Scottish Leaving Certificate Examination, 1959
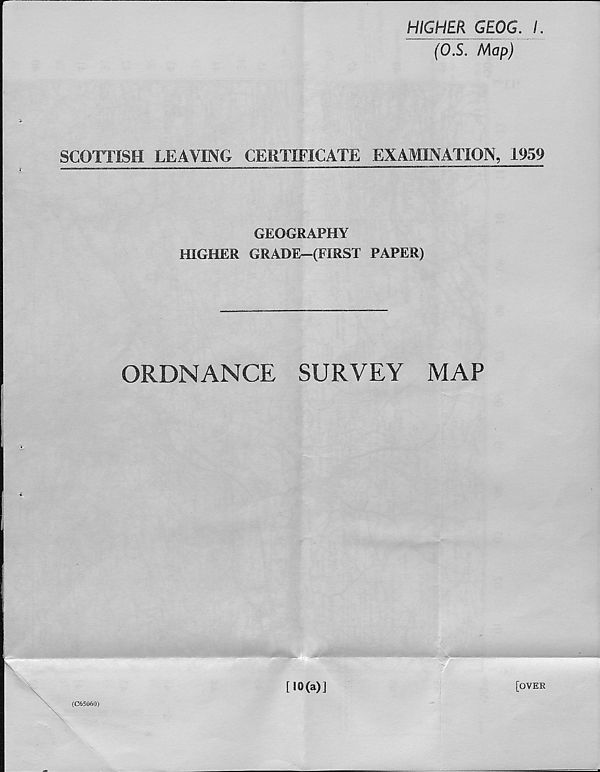
HIGHER GEOG. I.
(OS. Map)
SCOTTISH LEAVING CERTIFICATE EXAMINATION, 1959
GEOGRAPHY
HIGHER GRADE—(FIRST PAPER)
ORDNANCE
SURVEY
MAP
:
(C65060)
[ 10(a)]
[OVER